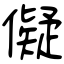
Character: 儗